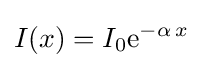
I(x)=I_{0}\mathrm {e} ^{-\alpha \,x}